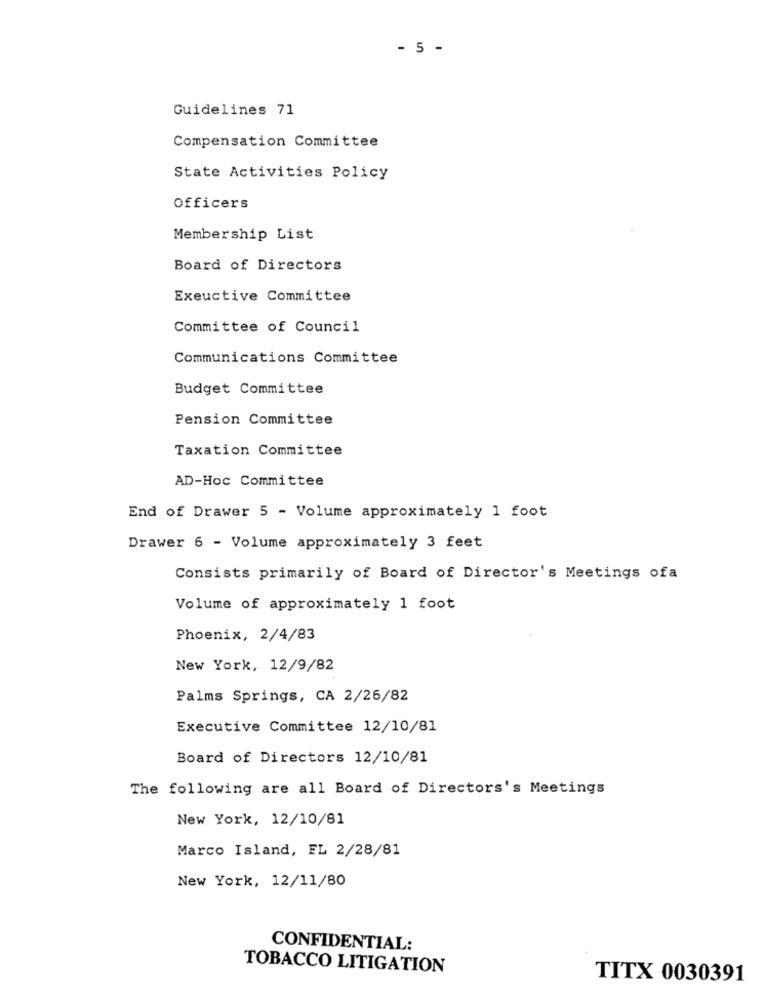
- 5 -
Guidelines 71
Compensation Committee
State Activities Policy
Officers
Membership List
Board of Directors
Exeuctive Committee
Committee of Council
Communications Committee
Budget Committee
Pension Committee
Taxation Committee
AD-Hoc Committee
End of Drawer 5 - Volume approximately 1 foot
Drawer 6 - Volume approximately 3 feet
Consists primarily of Board of Director's Meetings ofa
Volume of approximately 1 foot
Phoenix, 2/4/83
New York, 12/9/82
Palms Springs, CA 2/26/82
Executive Committee 12/10/81
Board of Directors 12/10/81
The following are all Board of Directors's Meetings
New York, 12/10/81
Marco Island, EL 2/28/81
New York, 12/11/80
CONFIDENTIAL:
TOBACCO LITIGATION
TITX 0030391